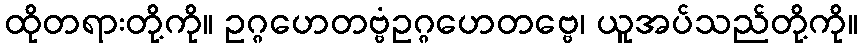
ထိုတရားတို့ကို။ ဥဂ္ဂဟေတဗ္ဗံဥဂ္ဂဟေတဗ္ဗေ၊ ယူအပ်သည်တို့ကို။